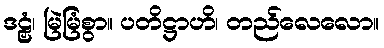
ဒဠှံ၊ မြဲမြံစွာ။ ပတိဋ္ဌာဟိ၊ တည်လေလော။